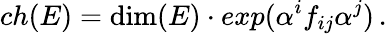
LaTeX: ch(E)=\mathrm{dim}(E)\cdot exp(\alpha^{i}f_{ij}\alpha^{j})\, .